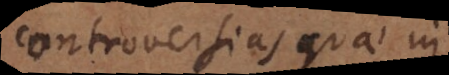
controversias quae in